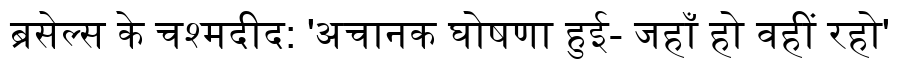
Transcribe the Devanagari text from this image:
ब्रसेल्स के चश्मदीद: 'अचानक घोषणा हुई- जहाँ हो वहीं रहो'